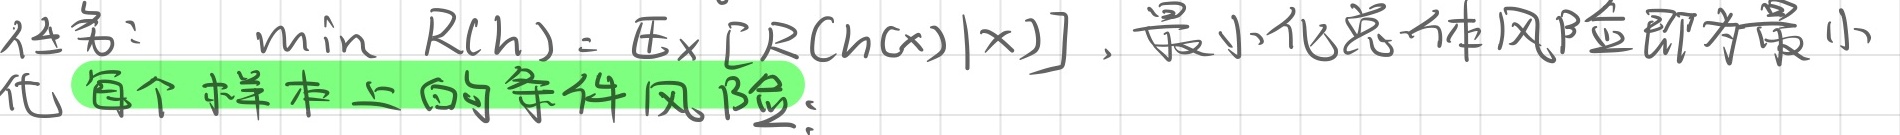
任务：
\(\min R(h) = \mathbb{E}_x[R(h(x)|x)]\)，最小化总体风险即为最小化每个样本上的条件风险。